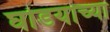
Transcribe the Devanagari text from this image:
घोडयाच्या